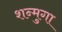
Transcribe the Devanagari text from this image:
शन्मुगा